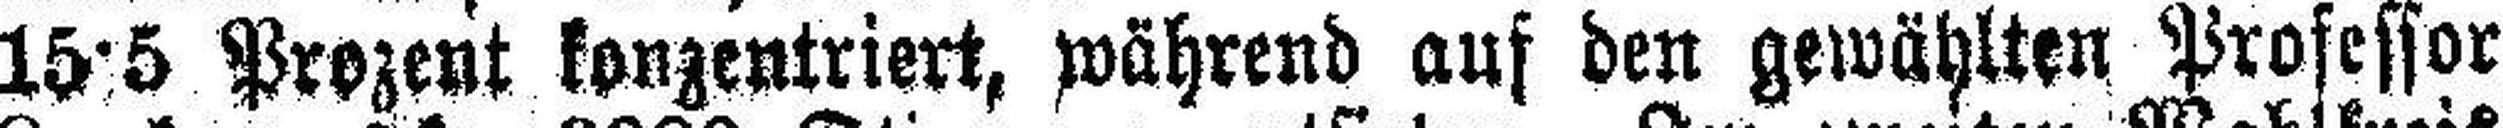
15·5 Prozent konzentriert, während auf den gewählten Professor